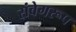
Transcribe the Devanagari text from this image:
संवेगरूप